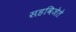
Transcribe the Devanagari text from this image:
सहविजेते